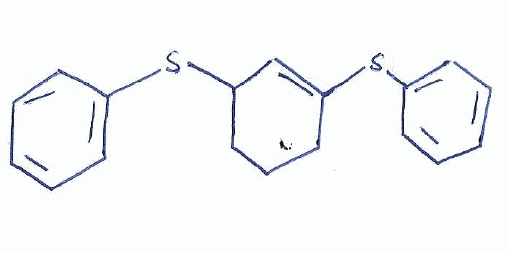
Simplified molecular-input line-entry system (SMILES) notation of the given molecule:
C1CC(C=C(C1)SC2=CC=CC=C2)SC3=CC=CC=C3